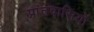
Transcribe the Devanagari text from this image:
प्रांतवासियों